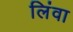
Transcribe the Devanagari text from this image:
लिंवा